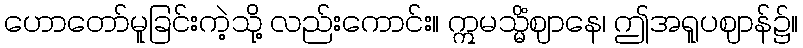
ဟောတော်မူခြင်းကဲ့သို့ လည်းကောင်း။ ဣမသ္မိံဈာနေ၊ ဤအရူပဈာန်၌။